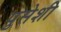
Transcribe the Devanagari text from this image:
पुसेशी